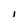
Character: I